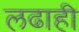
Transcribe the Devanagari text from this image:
लढाही